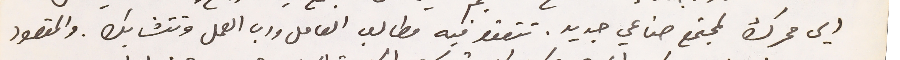
الي محرك لمجتمع صناعي جديد. تتعقد فيه مطالب العامل ورب العمل وتتشابك. والمقصود